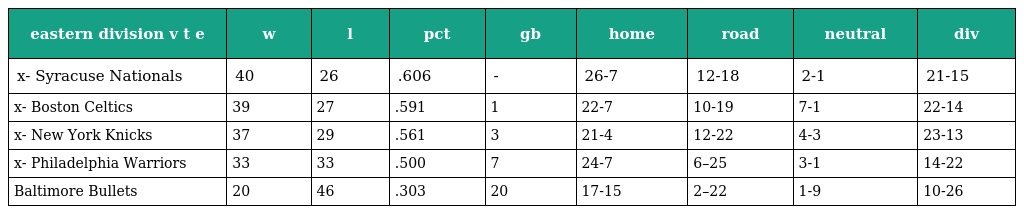
| eastern division v t e | w | l | pct | gb | home | road | neutral | div |
 | --- | --- | --- | --- | --- | --- | --- | --- | --- |
 | x- Syracuse Nationals | 40 | 26 | .606 | - | 26-7 | 12-18 | 2-1 | 21-15 |
 | x- Boston Celtics | 39 | 27 | .591 | 1 | 22-7 | 10-19 | 7-1 | 22-14 |
 | x- New York Knicks | 37 | 29 | .561 | 3 | 21-4 | 12-22 | 4-3 | 23-13 |
 | x- Philadelphia Warriors | 33 | 33 | .500 | 7 | 24-7 | 6–25 | 3-1 | 14-22 |
 | Baltimore Bullets | 20 | 46 | .303 | 20 | 17-15 | 2–22 | 1-9 | 10-26 |